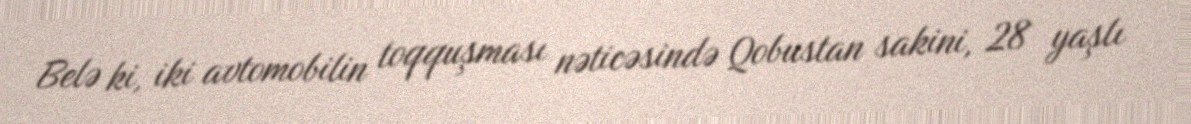
Belə ki, iki avtomobilin toqquşması nəticəsində Qobustan sakini, 28 yaşlı